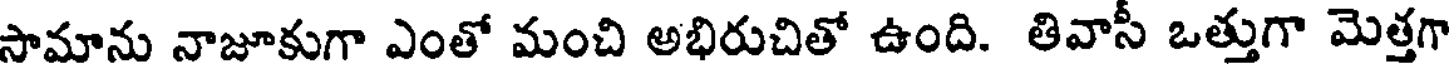
సామాను నాజూకుగా ఎంతో మంచి అభిరుచితో ఉంది. తివాసీ ఒత్తుగా మెత్తగా